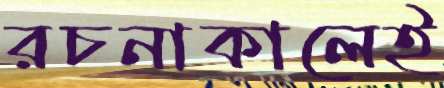
রচনাকালেই